system: You are a helpful assistant.
user:
Analyze the provided spectrum to determine if it is a **S-type Star**.

- **Key Indicators for S-type Star:**

    - **(Overall Spectrum Shape):** The first and most obvious characteristic is the overall continuum (the "baseline" shape). It is **extremely "red-sloping,"** meaning the flux (light intensity) is very low on the left side (blue, ~4000-4500 Å) and rises steeply and continuously toward the right side (red, ~7000 Å+).

    - **(Primary):** The spectrum is defined by the presence of strong, broad molecular absorption "valleys" (bands) from **Zirconium Oxide (ZrO)**. The identification of these bands is the **primary requirement** for classifying a star as S-type.
        - **(Key Bandheads):** You must find distinct, deep "dips" where the light has been absorbed. The most critical band systems to locate are:
            - **~6474 Å** ($\gamma$-system): This is often the strongest and clearest ZrO feature, found in the red part of the spectrum.
            - **~5718 Å** & **~5551 Å** ($\beta$-system): A pair of prominent absorption features in the yellow-orange part of the spectrum.
            - **~4640 Å** ($\alpha$-system): A key absorption band system in the blue-green region of the spectrum.

    - **(Secondary Confirmation):** The classification is strengthened by finding additional absorption bands from other related heavy element oxides, which are expected to be present alongside ZrO.
        - **(Key Bandheads):**
            - **Yttrium Oxide (YO):** Look for absorption dips near **~4800 Å** and **~6100 Å**.
            - **Lanthanum Oxide (LaO):** Additional absorption features, particularly in the red-orange part of the spectrum, are also characteristic.

    - **(Line Profile):** The combination of the steep red continuum and these numerous, deep molecular bands (ZrO, YO, etc.) gives the entire spectrum a very **"chopped-up"** or **"bumpy"** appearance. Instead of a smooth curve, the spectrum looks as though large, wide chunks of light have been "carved out" of it at the specific wavelengths listed above.

Think first, call **spectral_visualization_tool** if needed to examine features in detail, then provide your final answer. Your response must adhere to the following strict rules:
1.  **Overall Structure:** Your response must follow the format `<think>...</think> <tool_call>...</tool_call> (if a tool is used) <answer>...</answer>`.
2.  **Tool Usage Constraint:** You may only make **one** tool call per turn.
3.  **Final Answer Format:** In the `<answer>` tag, your conclusion must be inside a `\boxed{}` command (e.g., `\boxed{YES}` or `\boxed{NO}`), followed by your justification.

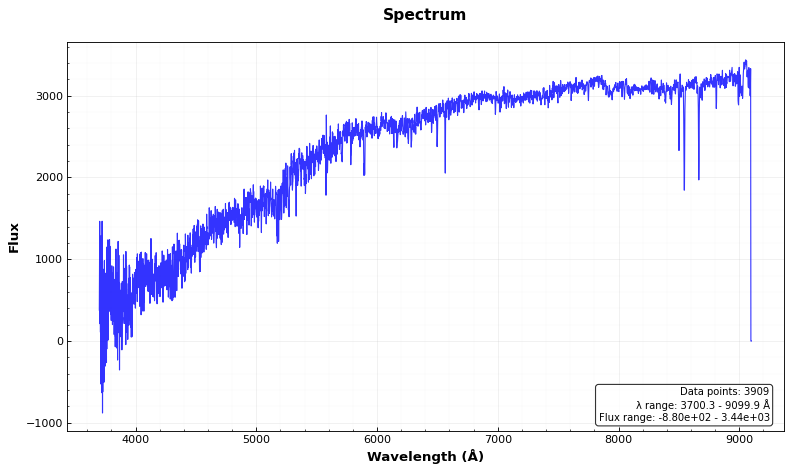
Answer: NO